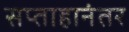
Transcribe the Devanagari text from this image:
सप्ताहानंतर